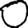
Digit: 0